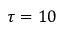
\tau = 1 0